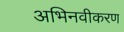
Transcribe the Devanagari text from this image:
अभिनवीकरण